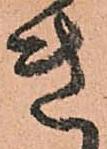
き